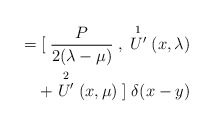
\begin{align*}={[}\;\frac{P}{2(\lambda-\mu)}\;,\;\stackrel{1}{U^{\prime}}(x,\lambda) \\ \; + \stackrel{2}{U^{\prime}}(x,\mu)\;{]} \; \delta(x-y)\end{align*}